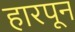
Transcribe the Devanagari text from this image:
हारपून